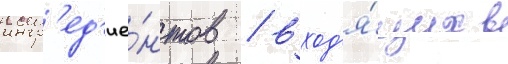
ингр'ед'ие́нтов / вход'я́щих в